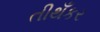
તીથઁકર